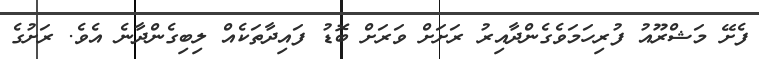
ފެށޭ މަޝްރޫއު ފުރިހަމަވެގެންދާއިރު ރަށަށް ވަރަށް ބޮޑު ފައިދާތަކެއް ލިބިގެންދާނެ އެވެ. ރަށުގެ